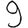
Digit: 9